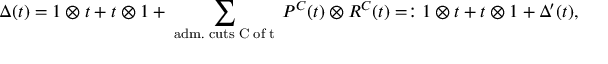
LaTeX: \Delta ( t ) = 1 \otimes t + t \otimes 1 + \sum _ { \mathrm { \tiny ~ a d m . ~ c u t s ~ C ~ o f ~ t ~ } } P ^ { C } ( t ) \otimes R ^ { C } ( t ) = : 1 \otimes t + t \otimes 1 + \Delta ^ { \prime } ( t ) ,